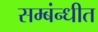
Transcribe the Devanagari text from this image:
सम्बंन्धीत